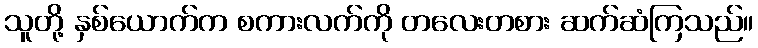
သူတို့ နှစ်ယောက်က စကားလက်ကို တလေးတစား ဆက်ဆံကြသည်။